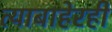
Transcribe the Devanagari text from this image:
त्याबाहेरही